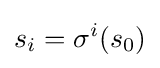
s_{i}=\sigma ^{i}(s_{0})